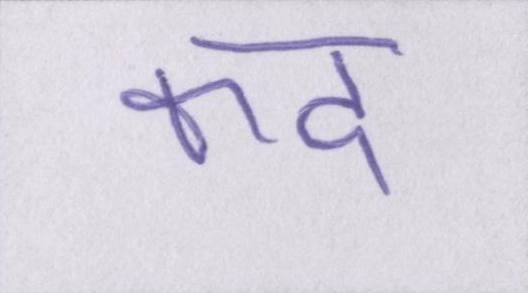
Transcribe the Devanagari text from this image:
कद